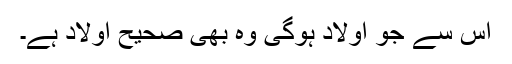
اس سے جو اولاد ہوگی وہ بھی صحیح اولاد ہے۔